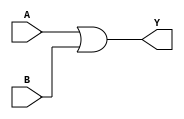
module kmap_2var (
    input wire A,  // Input variable A
    input wire B,  // Input variable B
    output wire Y  // Output variable Y
);

// K-map implementation
// The output Y is derived based on the values of A and B
// Here, the logic can be defined based on the K-map's grouping.
// For example, if we assume the K-map is filled such that:
// - Cell (0,0) is 0
// - Cell (0,1) is 1
// - Cell (1,0) is 1
// - Cell (1,1) is 1
// The truth table would be:
// A B | Y
// 0 0 | 0
// 0 1 | 1
// 1 0 | 1
// 1 1 | 1
// This corresponds to the simplified expression: Y = B + A

assign Y = (A | B); // OR operation based on the K-map grouping

endmodule